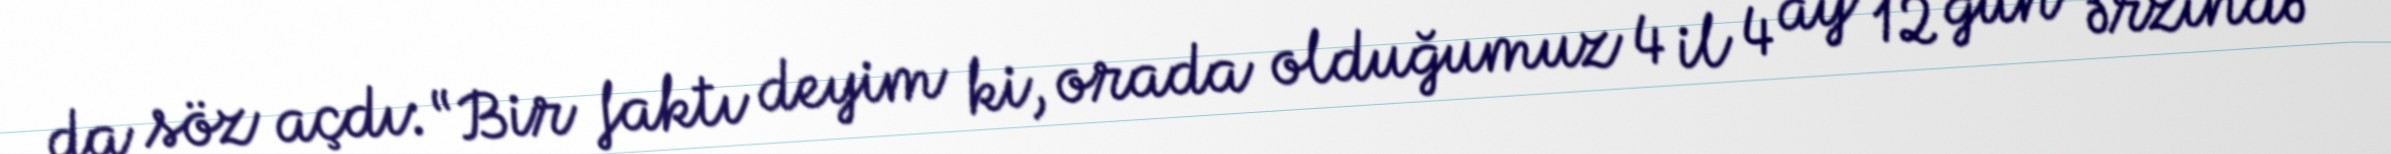
da söz açdı: “Bir faktı deyim ki, orada olduğumuz 4 il 4 ay 12 gün ərzində